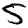
Digit: 5